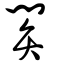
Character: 閞